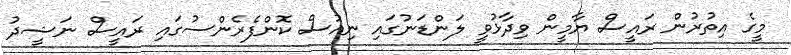
މީގެ އިތުރުން ރައީސް ޔާމީން ވިދާޅުވީ ލަންޑަނުގައި ނިއުސް ކޮންފެރެންސުގައި ރައީސް ނަޝީދު